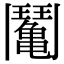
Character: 䰗